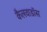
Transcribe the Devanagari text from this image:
कैलवाडॉस